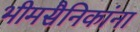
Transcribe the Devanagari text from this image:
भीमसैनिकांना